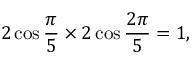
2 \cos { \frac { \pi } { 5 } } \times 2 \cos { \frac { 2 \pi } { 5 } } = 1 ,